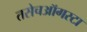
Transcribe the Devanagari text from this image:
तसेचऑगस्टा